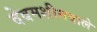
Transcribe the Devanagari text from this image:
वेबमशीनवाले